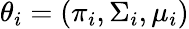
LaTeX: \theta_{i}=(\pi_{i},\Sigma_{i},\mu_{i})